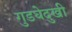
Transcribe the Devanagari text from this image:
गुडघेदुखी